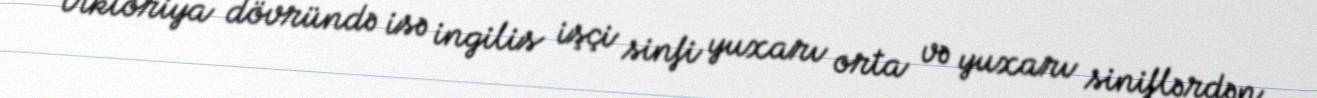
Viktoriya dövründə isə ingilis işçi sinfi yuxarı orta və yuxarı siniflərdən